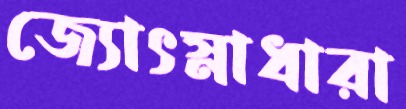
জ্যোৎস্নাধারা